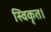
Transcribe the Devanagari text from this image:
स्विकृत।